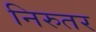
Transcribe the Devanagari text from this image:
निरुतर